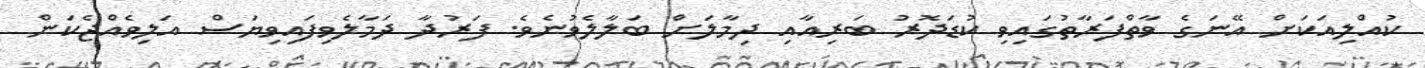
ކުއްލިއަކަށް އޭނަގެ ވާތްފަރާތުގައިވި ކުޑަދޮރު ބަރިއާއި ދިމާލަށް ބަލާލެވުނެވެ. ފަރުދާ ދަމާލެވިފައިވިޔަސް އަލިވެއްޖެކަން